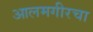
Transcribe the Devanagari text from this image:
आलमगीरचा